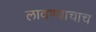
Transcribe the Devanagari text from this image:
लावण्याचाच